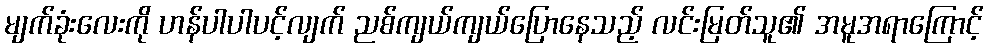
မျက်ခုံးလေးကို ဟန်ပါပါပင့်လျက် ညစ်ကျယ်ကျယ်ပြောနေသည့် လင်းမြတ်သူ၏ အမူအရာကြောင့်